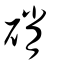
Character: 硝